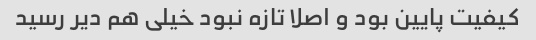
کیفیت پایین بود و اصلا تازه نبود خیلی هم دیر رسید